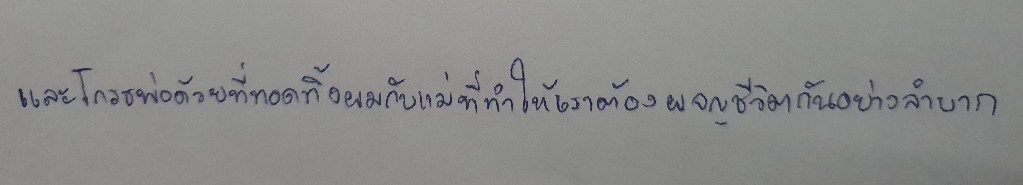
และโกรธพ่อด้วยที่ทอดทิ้งผมกับแม่ที่ทำให้เราต้องผจญชีวิตกันอย่างลำบาก